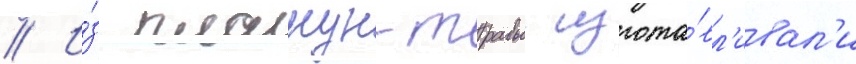
// И́з плакун-травы изгота́вл'ивал'и